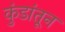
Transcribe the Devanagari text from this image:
कुंडांतून